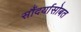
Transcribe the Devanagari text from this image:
सौंदर्यासोबत